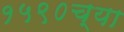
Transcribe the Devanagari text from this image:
१५९०च्या